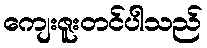
ကျေးဇူးတင်ပါသည်